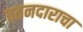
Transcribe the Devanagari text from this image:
वतनदाराचा